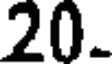
20.